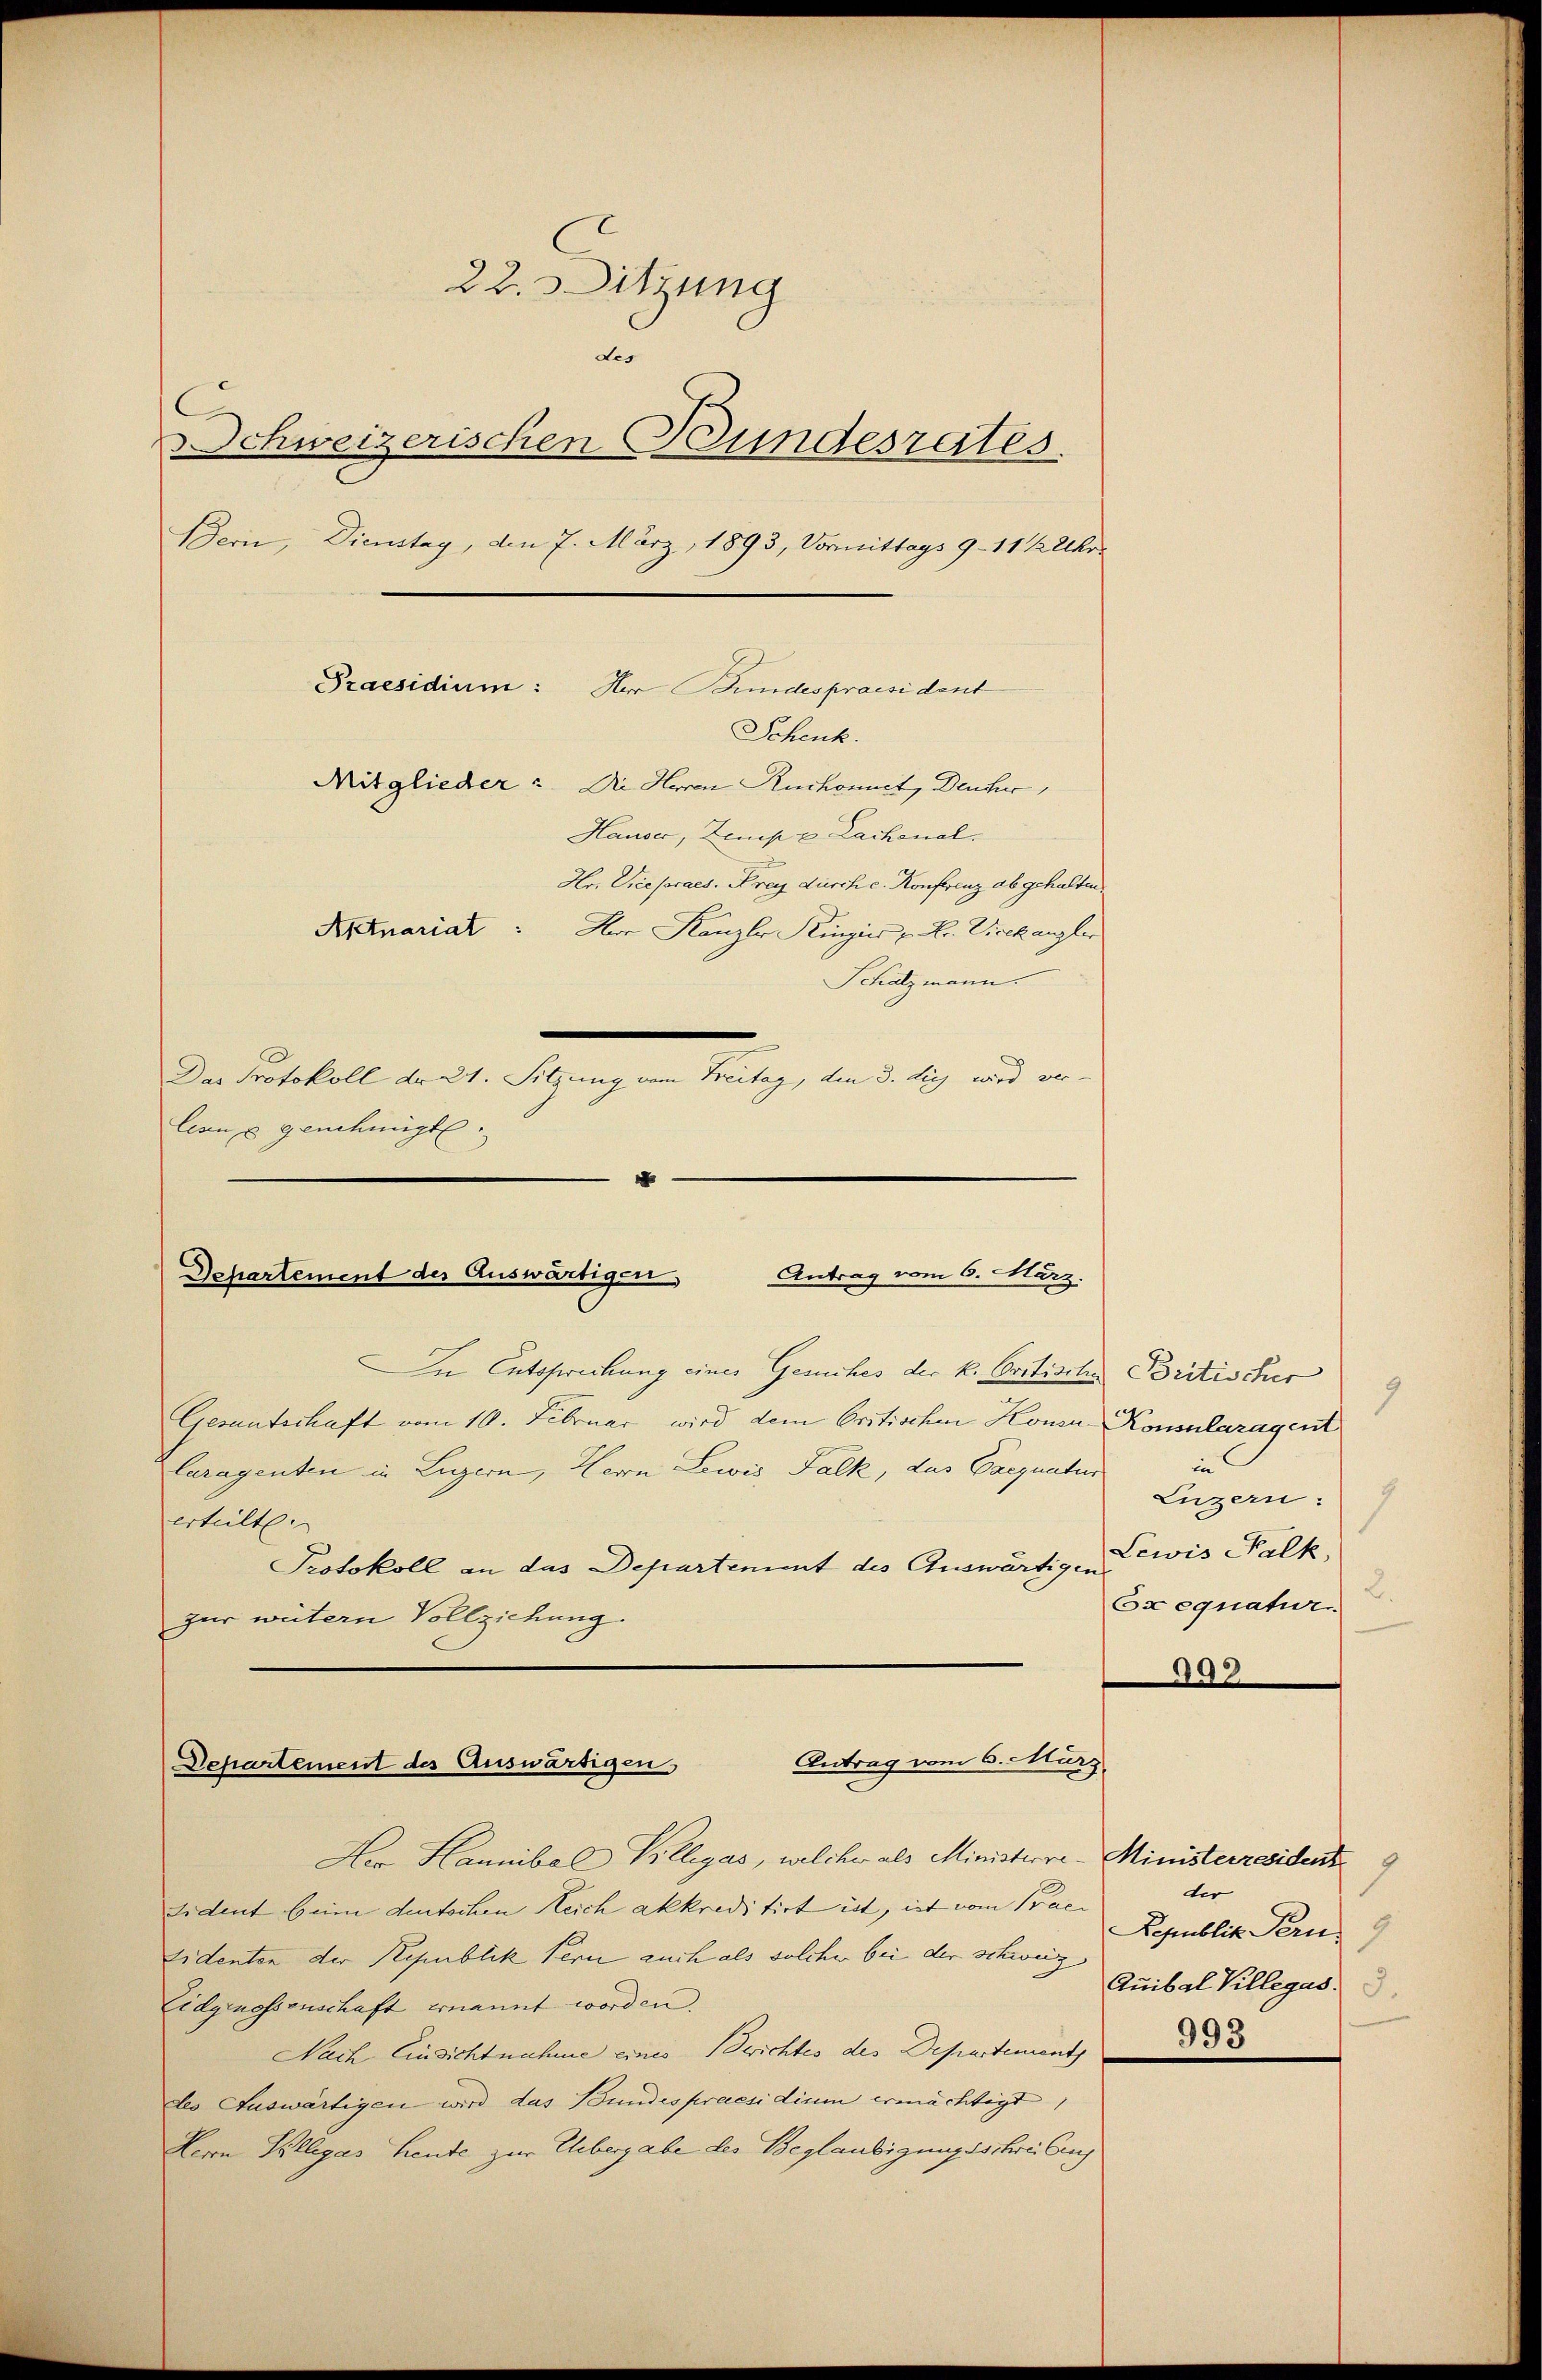
22. Sitzung
des
C
Schweizerischen Bundesrates.
Bern, Dienstag, den 7. März, 1893, Vormittags 9-11 ½ Uhr
Praesidium:
Herr Bundespraesident
Schenk.
Mitglieder: Die Herren Ruchonnet, Deucher
Hauser, Zemp u Lachenal.
Hr. Vicepraes. Frey durch c. Konferenz abgehalten.
Aktuariat : Der Kanzler Kingies u. Hr. Vicekangler
Schatzmann.
¬
Das Protokoll der 21. Sitzung vom Freitag, den 3. die wird ver-
leans genehmigt
4

Departement des Auswärtigen Antrag vom 6. März.

In Entsprechung eines Gesuches der k. Oritische Britischer
Gesantschaft vom 10. Februar wird dem Critischen Honsn Konsularagent
Caragenten in Luzern, Hern Lowis Falk, das Carunter Luzern
erteilt.
Protokoll an das Departement des Auswärtigen
zur weitern Vollziehung.

Antrag vom 6. März.
Departement des Auswärtigen,

Der Hannibal Villigas, welcher als Ministerre-Ministerresident
sident beim deutschen Reich akkreditirt ist, ist vom Praesidenten der Republik fern auch als solcher bei der schweiz
Eidgenossenschaft ernannt worden.
Nach Einsichtnahme eines Berichtes des Departement
des Auswärtigen wird das Bundes praesidium ermächtigt,
Herrn Kollegas Leute zur Uebergabe des Beglaubigungsschrei Caus

1
in
Lewis Palk,
2.
Exequatur

993

7
der
Republik Ferns 9
Quibal Villegas.

993